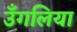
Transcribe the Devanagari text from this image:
उँगलिया